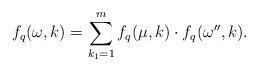
LaTeX: \begin{align*}f_q(\omega,k)=\sum_{k_1=1}^{m} f_q(\mu,k)\cdot f_q(\omega'',k).\end{align*}